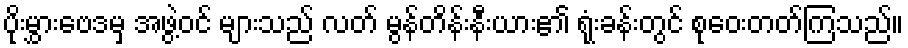
ပိုးမွှားဗေဒမှ အဖွဲ့ဝင် များသည် လတ် မွန်တိန်းနီးယား၏ ရုံးခန်းတွင် စုဝေးတတ်ကြသည်။